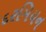
દરમિયન